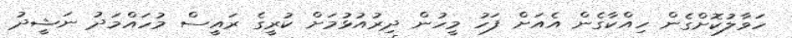
ހަވާލުކޮށްގެން ހިއްކާގެން އެއަށް ފަހު މީހުން ދިރުއުޅުމަށް ކުރީގެ ރައީސް މުހައްމަދު ނަޝީދު